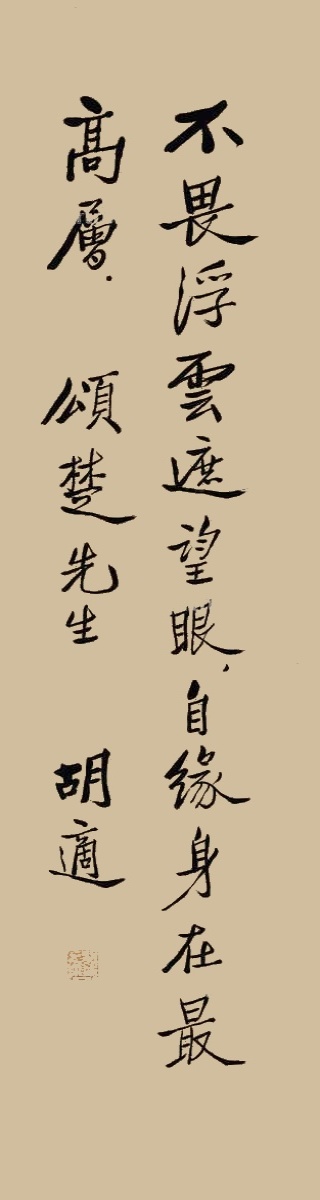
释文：不畏浮云遮望眼，自缘身在最高层。颂楚先生。胡适。